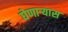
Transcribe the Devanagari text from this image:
घेणाऱ्यास